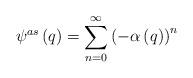
LaTeX: \begin{align*}\psi ^{as}\left( q\right) =\sum_{n=0}^\infty \left( -\alpha \left( q \right)\right) ^n \end{align*}